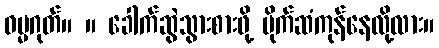
ဓမ္မဂုတ်။ ။ ခေါက်ဆွဲသွားစားဖို့ ပိုက်ဆံကုန်နေလို့လား။